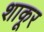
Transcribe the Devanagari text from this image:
शाकूर